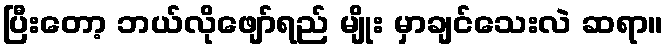
ပြီးတော့ ဘယ်လိုဖျော်ရည် မျိုး မှာချင်သေးလဲ ဆရာ။